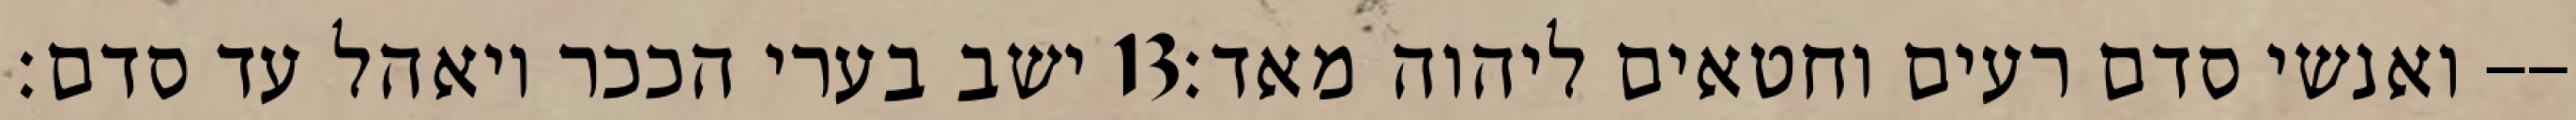
ישב בערי הככר ויאהל עד סדם׃ ‎13‏ ואנשי סדם רעים וחטאים ליהוה מאד׃--